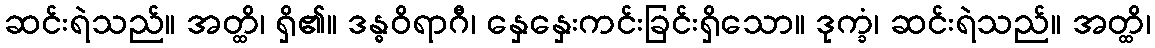
ဆင်းရဲသည်။ အတ္ထိ၊ ရှိ၏။ ဒန္ဓဝိရာဂီ၊ နှေနှေးကင်းခြင်းရှိသော။ ဒုက္ခံ၊ ဆင်းရဲသည်။ အတ္ထိ၊